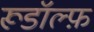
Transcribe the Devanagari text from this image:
रूडॉल्फ़